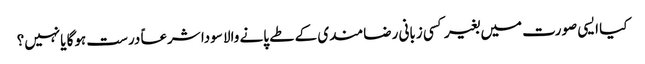
کیا ایسی صورت میں بغیر کسی زبانی رضامندی کے طے پانے والا سودا شرعاً درست ہوگا یانہیں؟